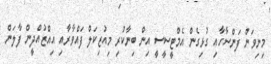
މިނިވަން ފަންސާހާއި ގުޅިގެން އެމްޓީސީސީ އިން ބިނާކުރި މިއުޒިކަލް ފައްވާރާއި އިއްޒުއްދީން ފާލަން